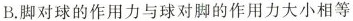
B.脚对球的作用力与球对脚的作用力大小相等